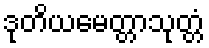
ဒုတိယမေတ္တာသုတ္တံ